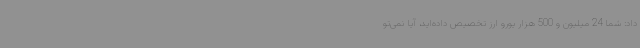
داد: شما 24 میلیون و 500 هزار یورو ارز تخصیص داده‌اید، آیا نمی‌تو